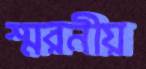
স্মরনীয়